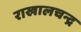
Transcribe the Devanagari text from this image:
राखालचन्द्र